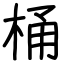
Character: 桶